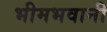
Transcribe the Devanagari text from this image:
भीमभवानी